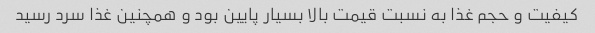
کیفیت و حجم غذا به نسبت قیمت بالا بسیار پایین بود و همچنین غذا سرد رسید